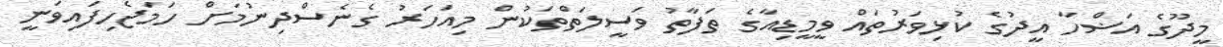
މީދޫގެ އަޟްހާ އީދުގެ ކުޅިވަރުތައް ވީމީޑިއާގެ ތަފާތު ވަސީލަތްތަކުން މިއަހަރު ގެނެސްދިނުމަށް ހަމަޖެހިފައިވަނީ